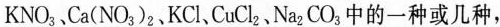
KNO_{3}、Ca(NO_{3})_{2}、KCl、CuCl_{2}、Na_{2}CO_{3}中的一种或几种，